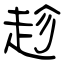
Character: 趁